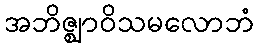
အဘိဇ္ဈာဝိသမလောဘံ